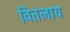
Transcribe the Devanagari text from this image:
वितलाय